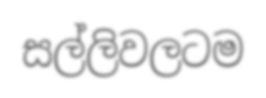
සල්ලිවලටම